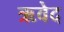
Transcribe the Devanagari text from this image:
ऋवेद